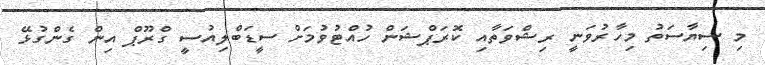
މި ސިޔާސަތު މިހާރުވަނީ ރިޝްވަތާއި ކޮރަޕްޝަން ހުއްޓުވުމަށް ސީޑަބްލިއުސީ ގްރޫޕް އިން ގެންގުޅޭ